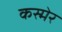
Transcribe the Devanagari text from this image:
कस्मेर